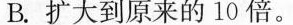
B.扩大到原来的10倍。